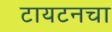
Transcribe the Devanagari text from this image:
टायटनचा